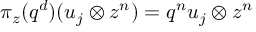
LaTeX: \pi _ { z } ( q ^ { d } ) ( u _ { j } \otimes z ^ { n } ) = q ^ { n } u _ { j } \otimes z ^ { n }